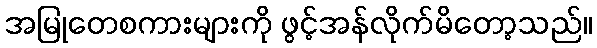
အမြုတေစကားများကို ဖွင့်အန်လိုက်မိတော့သည်။